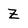
Character: Z